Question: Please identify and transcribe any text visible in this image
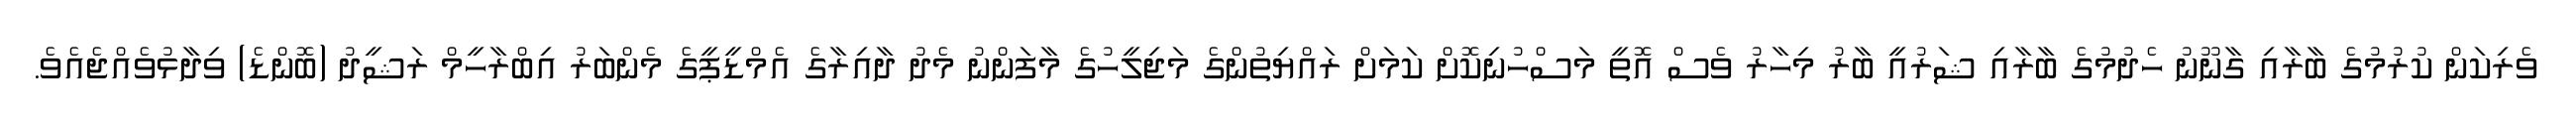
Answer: ވެރިކަން ކުރުމުގެ ބާރާއި ގާނޫނު ހެދުމުގެ ބާރާއި ޝަރުއީ ބާރު މިހާރު ވެސް އޮތީ މަސްހުނިކޮށް ކަމަށް ރައްޔިތުންގެ މަޖިލީހުގެ މާފަންނު މެދު ދާއިރާގެ އެމްޑީޕީގެ މެންބަރު އިބްރާހީމް ރަޝީދު (ބޮންޑެ) ވިދާޅުވެއްޖެއެވެ.